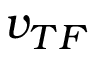
v _ { T F }